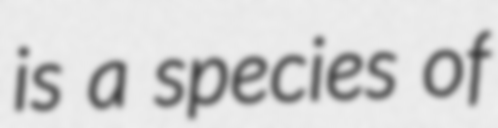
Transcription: is a species of